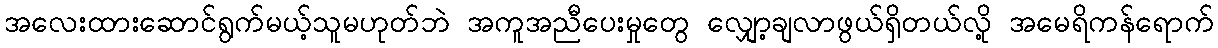
အလေးထားဆောင်ရွက်မယ့်သူမဟုတ်ဘဲ အကူအညီပေးမှုတွေ လျှော့ချလာဖွယ်ရှိတယ်လို့ အမေရိကန်ရောက်